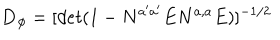
LaTeX: { \bf D _ { \phi } } = [ d e t ( 1 - N ^ { a ^ { \prime } a ^ { \prime } } E N ^ { a , a } E ) ] ^ { - 1 / 2 } \, \,